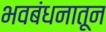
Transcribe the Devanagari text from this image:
भवबंधनातून